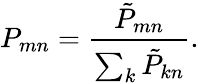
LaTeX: P_{mn}=\frac{{\tilde{P}}_{mn}}{\sum_{k}{\tilde{P}}_{kn}}.